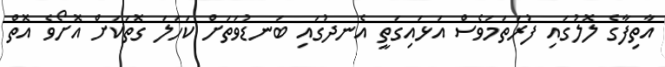
އާތިފާގެ ލޮލުގައި ފުރަތަމަވެސް އަޅައިގަތީ އެނދުގައި ބަނޑުވަތަށް ކަހަލަ ގޮތަކަށް އޮށޯވެ އޮތް